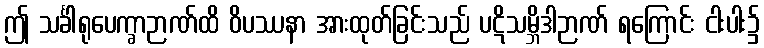
ဤ သင်္ခါရုပေက္ခာဉာဏ်ထိ ဝိပဿနာ အားထုတ်ခြင်းသည် ပဋိသမ္ဘိဒါဉာဏ် ရကြောင်း ငါးပါး၌